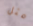
مثل